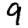
Digit: 9